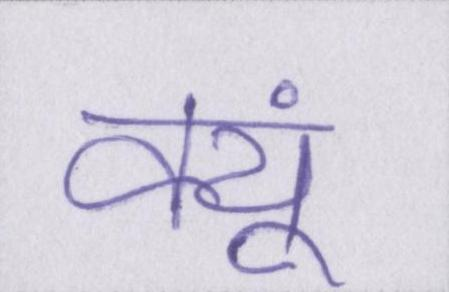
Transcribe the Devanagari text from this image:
क्यूं